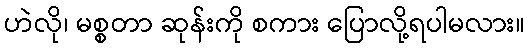
ဟဲလို၊ မစ္စတာ ဆုန်းကို စကား ပြောလို့ရပါမလား။